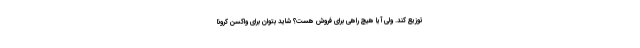
توزیع کند. ولی آیا هیچ راهی برای فروش هست؟ شاید بتوان برای واکسن کرونا